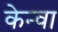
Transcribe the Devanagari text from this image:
केन्वा